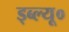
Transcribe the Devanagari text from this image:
ड्ब्ल्यू०